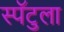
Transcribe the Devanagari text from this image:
स्पॅटुला